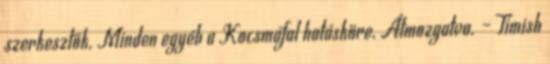
szerkesztők. Minden egyéb a Kocsmafal hatásköre. Átmozgatva. – Timish